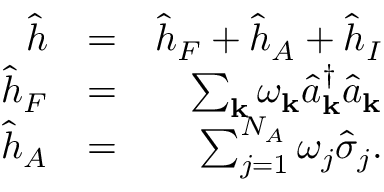
\begin{array} { r l r } { \hat { h } } & { = } & { \hat { h } _ { F } + \hat { h } _ { A } + \hat { h } _ { I } } \\ { \hat { h } _ { F } } & { = } & { \sum _ { { \bf k } } \omega _ { { \bf k } } \hat { a } _ { { \bf k } } ^ { \dagger } \hat { a } _ { { \bf k } } } \\ { \hat { h } _ { A } } & { = } & { \sum _ { j = 1 } ^ { N _ { A } } \omega _ { j } \hat { \sigma } _ { j } . } \end{array}